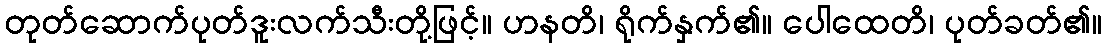
တုတ်ဆောက်ပုတ်ဒူးလက်သီးတို့ဖြင့်။ ဟနတိ၊ ရိုက်နှက်၏။ ပေါထေတိ၊ ပုတ်ခတ်၏။